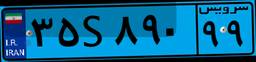
۳۵S۸۹۰۹۹